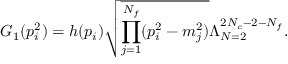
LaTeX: G _ { 1 } ( p _ { i } ^ { 2 } ) = h ( p _ { i } ) \sqrt { \prod _ { j = 1 } ^ { N _ { f } } ( p _ { i } ^ { 2 } - m _ { j } ^ { 2 } ) } \Lambda _ { N = 2 } ^ { 2 N _ { c } - 2 - N _ { f } } .